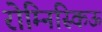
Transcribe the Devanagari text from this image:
रोम्निस्किऊ